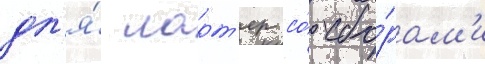
дл'я́ ларт'ер со́ сбо́рам'и